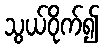
သွယ်ဝိုက်၍